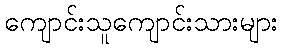
ကျောင်းသူကျောင်းသားများ